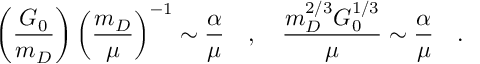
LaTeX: \left( \frac { G _ { 0 } } { m _ { D } } \right) \left( \frac { m _ { D } } { \mu } \right) ^ { - 1 } \sim \frac { \alpha } { \mu } \quad , \quad \frac { m _ { D } ^ { 2 / 3 } G _ { 0 } ^ { 1 / 3 } } { \mu } \sim \frac { \alpha } { \mu } \quad .